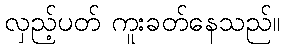
လှည့်ပတ် ကူးခတ်နေသည်။